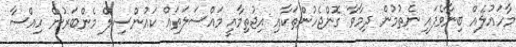
މާހައުލެއް ބިނާވެފައި ނެތުމުން ދިމާވާ ގޮންޖެހުންތަކާއި އިޖުތިމާއީ މައްސަލަތައް ކައުންސިލް މެންބަރުން ހިއްސާ